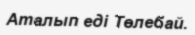
Аталып еді Төлебай.